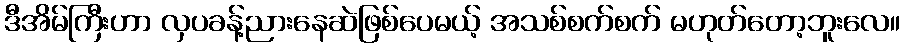
ဒီအိမ်ကြီးဟာ လှပခန့်ညားနေဆဲဖြစ်ပေမယ့် အသစ်စက်စက် မဟုတ်တော့ဘူးလေ။